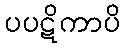
ပပဋိကာပိ